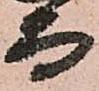
而